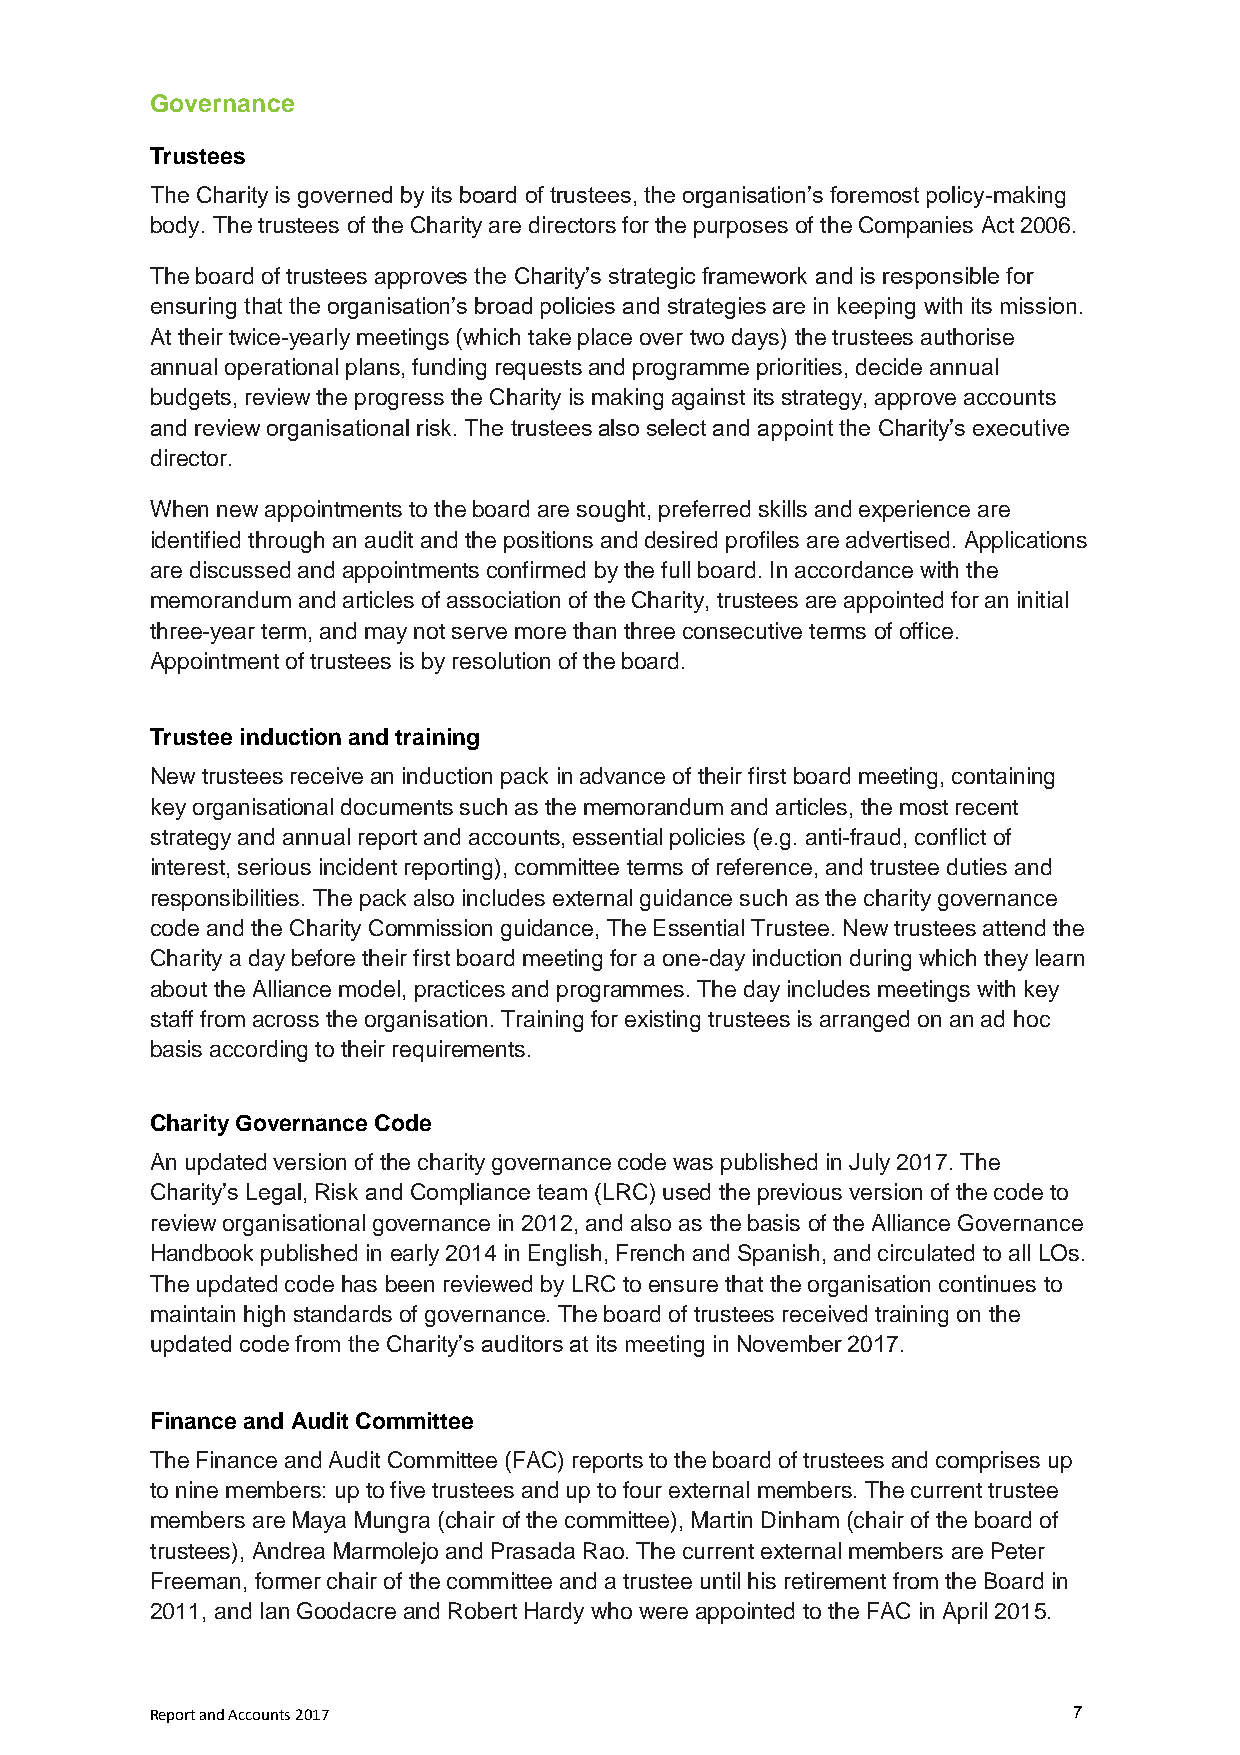
Governance
 Trustees
 The Charity is governed by its board of trustees, the organisation’s foremost policy-making
 body. The trustees of the Charity are directors for the purposes of the Companies Act 2006.
 The board of trustees approves the Charity’s strategic framework and is responsible for
 ensuring that the organisation’s broad policies and strategies are in keeping with its mission.
 At their twice-yearly meetings (which take place over two days) the trustees authorise
 annual operational plans, funding requests and programme priorities, decide annual
 budgets, review the progress the Charity is making against its strategy, approve accounts
 and review organisational risk. The trustees also select and appoint the Charity’s executive
 director.
 When new appointments to the board are sought, preferred skills and experience are
 identified through an audit and the positions and desired profiles are advertised. Applications
 are discussed and appointments confirmed by the full board. In accordance with the
 memorandum and articles of association of the Charity, trustees are appointed for an initial
 three-year term, and may not serve more than three consecutive terms of office.
 Appointment of trustees is by resolution of the board.
 Trustee induction and training
 New trustees receive an induction pack in advance of their first board meeting, containing
 key organisational documents such as the memorandum and articles, the most recent
 strategy and annual report and accounts, essential policies (e.g. anti-fraud, conflict of
 interest, serious incident reporting), committee terms of reference, and trustee duties and
 responsibilities. The pack also includes external guidance such as the charity governance
 code and the Charity Commission guidance, The Essential Trustee. New trustees attend the
 Charity a day before their first board meeting for a one-day induction during which they learn
 about the Alliance model, practices and programmes. The day includes meetings with key
 staff from across the organisation. Training for existing trustees is arranged on an ad hoc
 basis according to their requirements.
 Charity Governance Code
 An updated version of the charity governance code was published in July 2017. The
 Charity’s Legal, Risk and Compliance team (LRC) used the previous version of the code to
 review organisational governance in 2012, and also as the basis of the Alliance Governance
 Handbook published in early 2014 in English, French and Spanish, and circulated to all LOs.
 The updated code has been reviewed by LRC to ensure that the organisation continues to
 maintain high standards of governance. The board of trustees received training on the
 updated code from the Charity’s auditors at its meeting in November 2017.
 Finance and Audit Committee
 The Finance and Audit Committee (FAC) reports to the board of trustees and comprises up
 to nine members: up to five trustees and up to four external members. The current trustee
 members are Maya Mungra (chair of the committee), Martin Dinham (chair of the board of
 trustees), Andrea Marmolejo and Prasada Rao. The current external members are Peter
 Freeman, former chair of the committee and a trustee until his retirement from the Board in
 2011, and Ian Goodacre and Robert Hardy who were appointed to the FAC in April 2015.
 Report and Accounts 2017                                     7